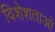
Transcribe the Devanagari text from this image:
विशेशताओ